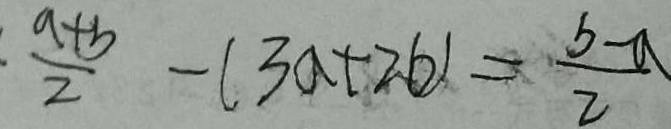
\frac { a + b } { 2 } - ( 3 a + 2 b ) = \frac { b - a } { 2 }